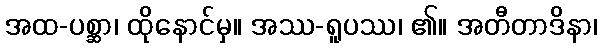
အထ-ပစ္ဆာ၊ ထိုနောင်မှ။ အဿ-ရူပဿ၊ ၏။ အတီတာဒိနာ၊